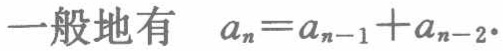
一般地有 \(a_{n}=a_{n - 1}+a_{n - 2}\)